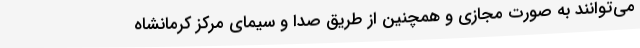
می‌توانند به صورت مجازی و همچنین از طریق صدا و سیمای مرکز کرمانشاه